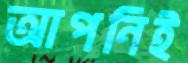
আপনিই